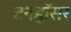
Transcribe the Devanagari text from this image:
टनहॉसर